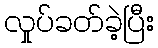
လှုပ်ခတ်ခဲ့ပြီး